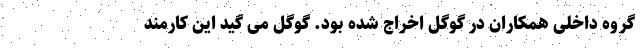
گروه داخلی همکاران در گوگل اخراج شده بود. گوگل می گید این کارمند